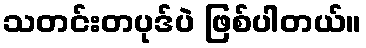
သတင်းတပုဒ်ပဲ ဖြစ်ပါတယ်။